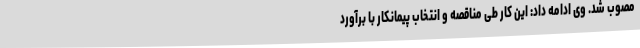
مصوب شد. وی ادامه داد: این کار طی مناقصه و انتخاب پیمانکار با برآورد